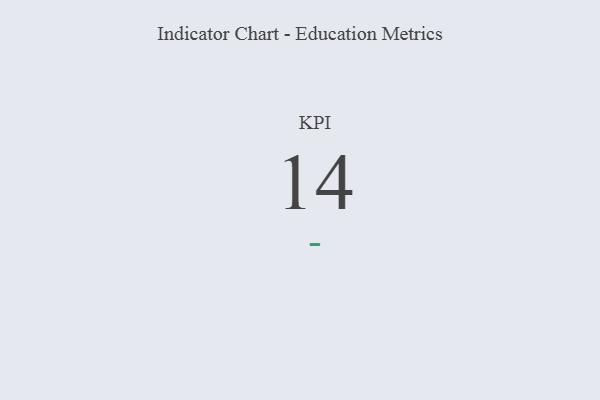
{"axis": {"x": "KPI", "y": "Value"}, "legend": [""], "data": [{"x": "KPI", "y": 14, "type": ""}]}